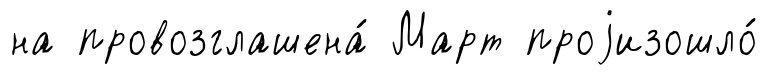
на провозглашена́ Март проjизошло́